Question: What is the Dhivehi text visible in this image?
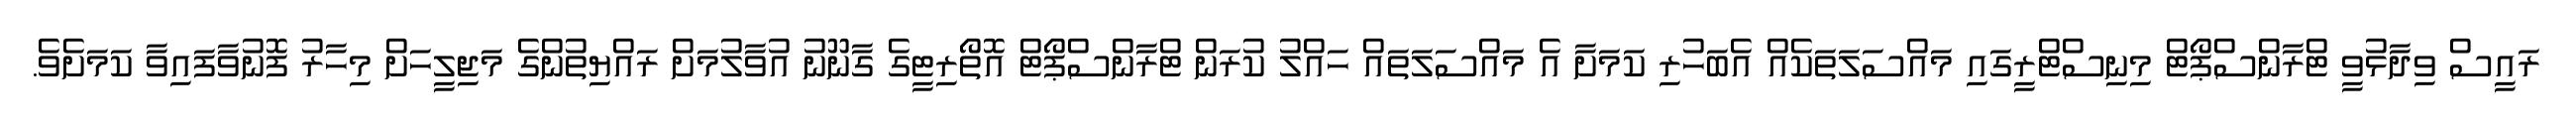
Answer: ރައީސް ވިދާޅުވީ ޓްރާންސްޕޯޓް މިނިސްޓްރީގައި މައްސަލަތަކެއް އެބަހުރި ކަމަށާ އެ މައްސަލަތައް ހައްލު ކުރަން ޓްރާންސްޕޯޓް އޮތޯރިޓީގެ ގާނޫނު އުވާލުމަށް ރައްޔިތުންގެ މަޖިލީހަށް މިހާރު ފޮނުވާފައިވާ ކަމަށެވެ.